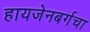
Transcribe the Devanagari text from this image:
हायजेनबर्गचा